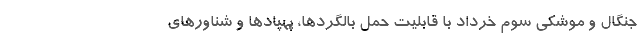
جنگال و موشکی سوم خرداد با قابلیت حمل بالگردها، پهپادها و شناورهای